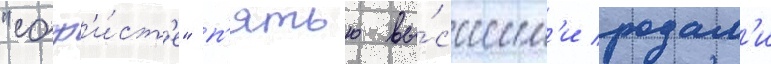
"соф'и́ст'е" п'ятью вы́сшим'и родам'и